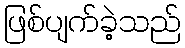
ဖြစ်ပျက်ခဲ့သည်